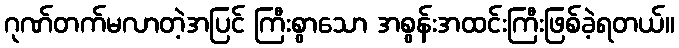
ဂုဏ်တက်မလာတဲ့အပြင် ကြီးစွာသော အစွန်းအထင်းကြီးဖြစ်ခဲ့ရတယ်။